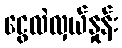
ငွေလဲလှယ်နှုန်း